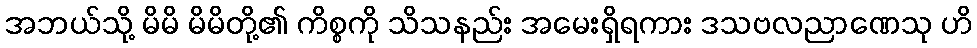
အဘယ်သို့ မိမိ မိမိတို့၏ ကိစ္စကို သိသနည်း အမေးရှိရကား ဒသဗလညာဏေသု ဟိ